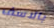
بالاسف